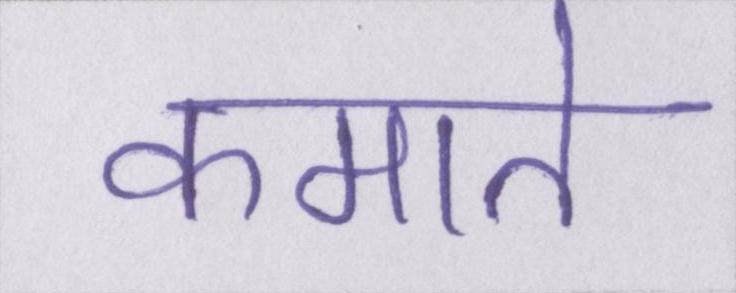
कमाते